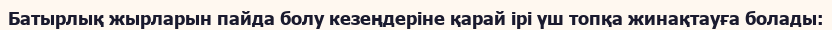
Батырлық жырларын пайда болу кезеңдеріне қарай ірі үш топқа жинақтауға болады: